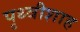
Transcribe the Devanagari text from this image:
पृथ्वीशाह